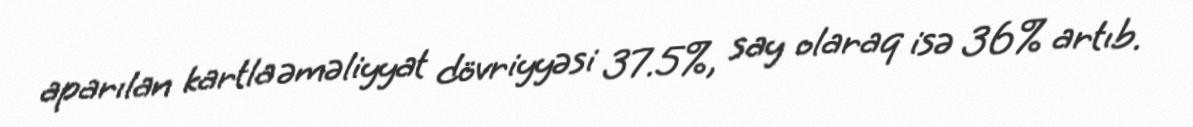
aparılan kartla əməliyyat dövriyyəsi 37.5%, say olaraq isə 36% artıb.